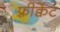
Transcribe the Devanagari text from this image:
फ़्रीक्वेंट